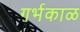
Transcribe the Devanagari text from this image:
गर्भकाळ